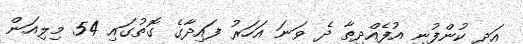
އަދި ކުންފުނި އުފެއްދިތާ ދެ ވަނަ އަހަރު ފައިދާގެ ގޮތުގައި 54 މިލިއަން